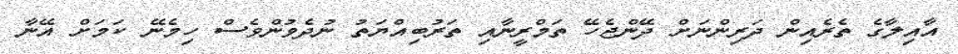
އާއިލާގެ ތެރެއިން ދަރިންނަށް ދޭންޖެހޭ ތަމްރީނާއި ތަރުބިއްޔަތު ނުދެވުންވެސް ހިމެނޭ ކަމަށް އޭނާ